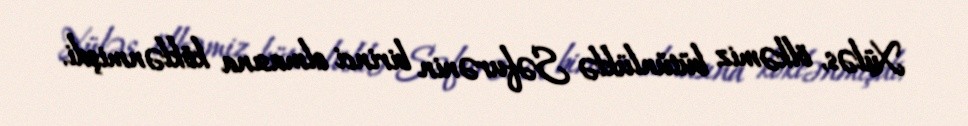
Xüləs, ölkəmiz bütünlüklə Səfurənin birinci olmasına köklənmişdi.